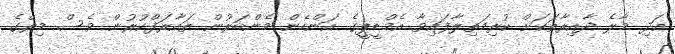
އަދި މާލެ ދާއިރާތަކަށް ކުރިމަތިލާފައިވާ އެމްޑީޕީގެ އަންހެން މެންބަރުން ތައާރަފްކުރުން ވެސް މިރޭގެ